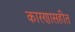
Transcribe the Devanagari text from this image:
कारणासहीत